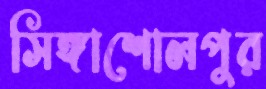
সিঙ্গাশোলপুর